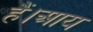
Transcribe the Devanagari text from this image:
हैं।आय